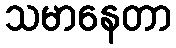
သမာနေတာ